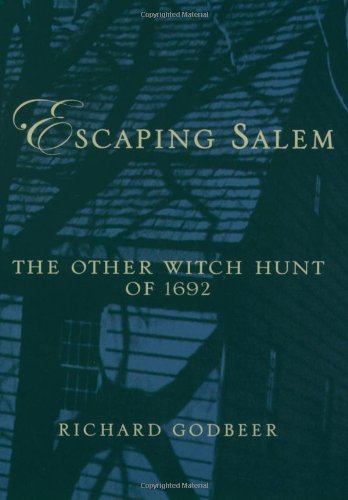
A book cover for Escaping Salem: The Other Witch Hunt of 1692 (New Narratives in American History); Richard Godbeer; Law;